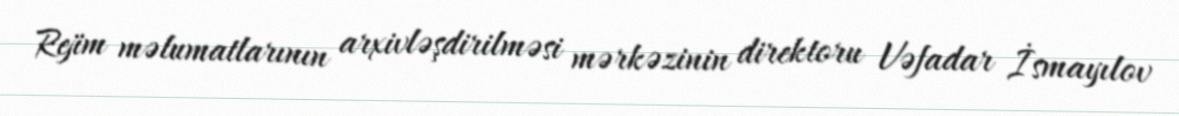
Rejim məlumatlarının arxivləşdirilməsi mərkəzinin direktoru Vəfadar İsmayılov